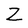
Character: Z